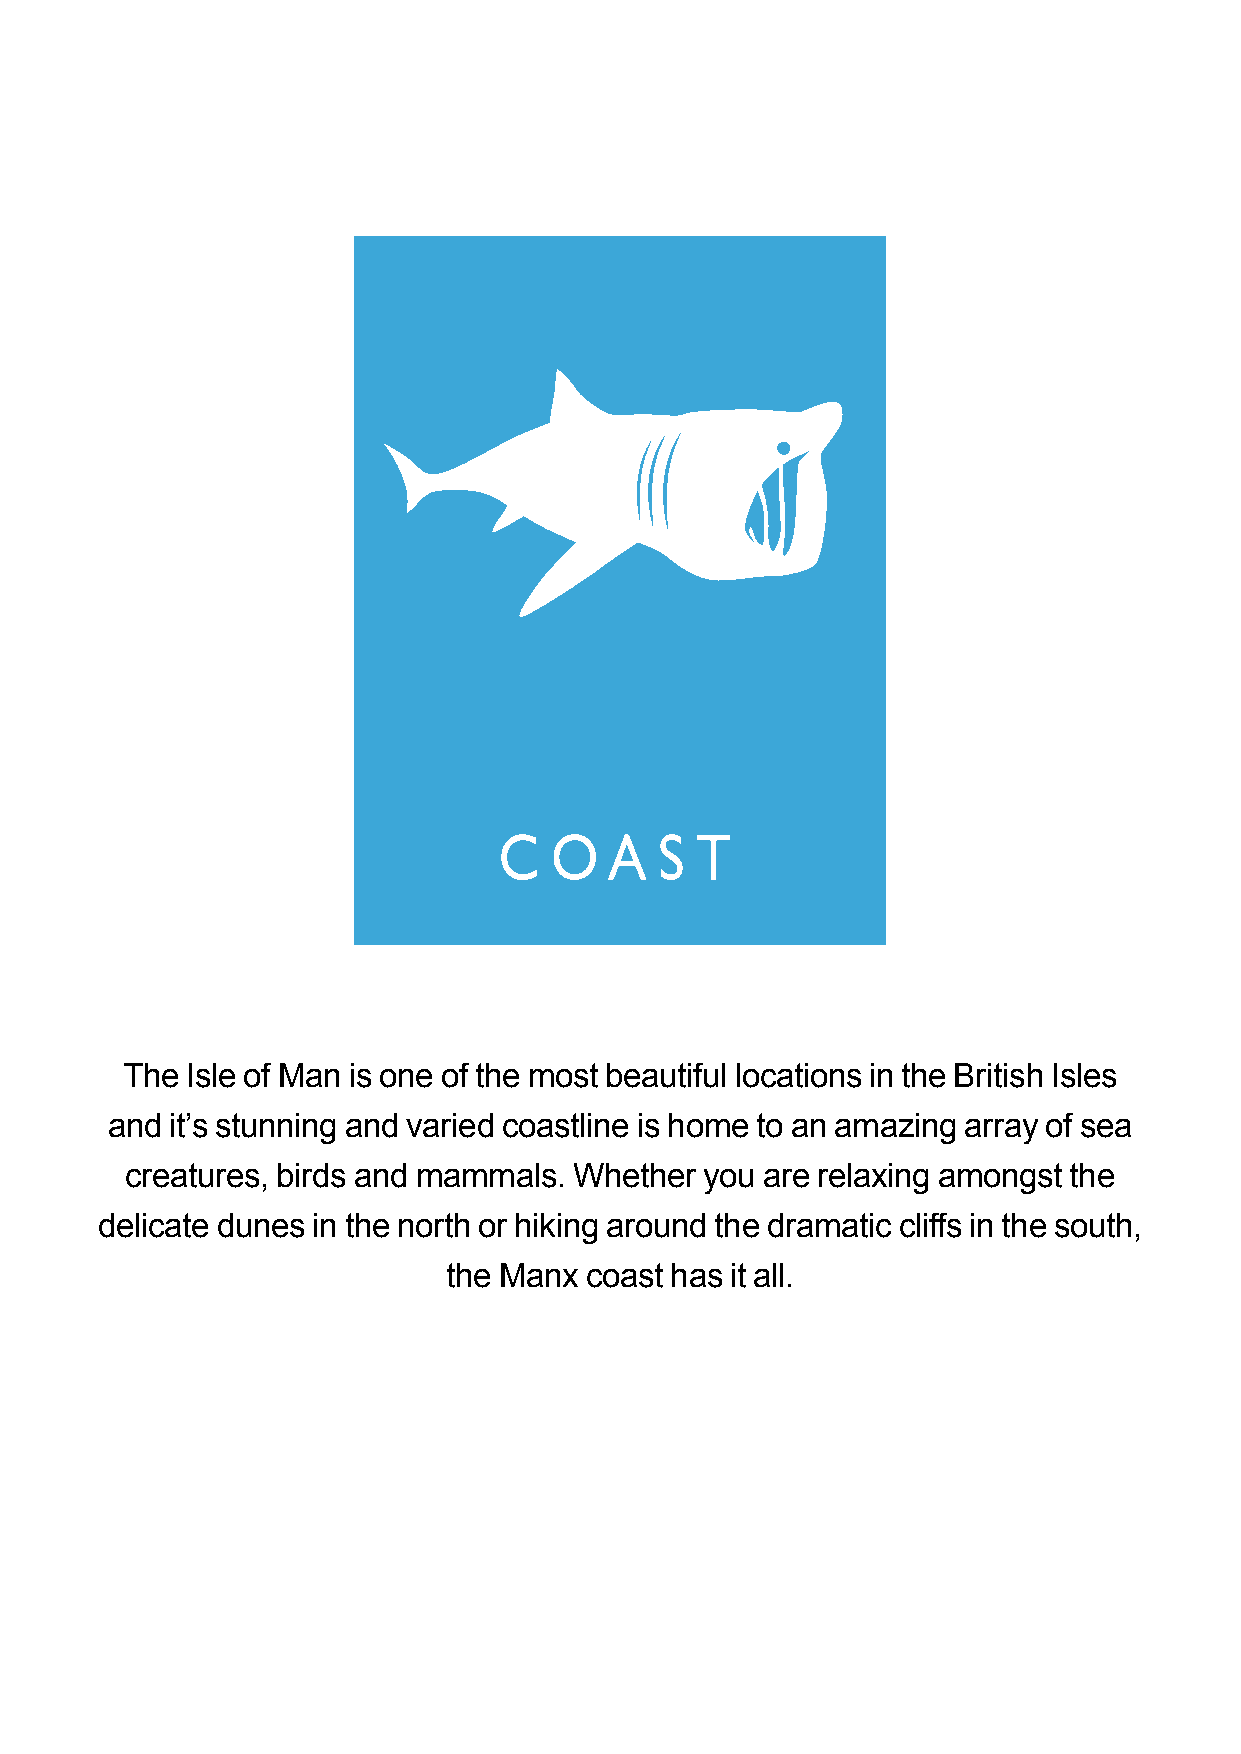
C  O   A   S T
 The Isle of Man is one of the most beautiful locations in the British Isles
 and it’s stunning and varied coastline is home to an amazing array of sea
 creatures, birds and mammals. Whether  you are relaxing amongst the
 delicate dunes in the north or hiking around the dramatic cliffs in the south,
 the Manx coast has it all.